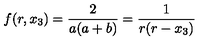
f ( r , x _ { 3 } ) = \frac 2 { a ( a + b ) } = \frac 1 { r ( r - x _ { 3 } ) }